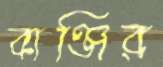
বাঞ্জির